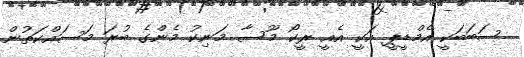
ސަބަބަކީ އެމްޑީޕީ އަކީ އެއީ ރީކޯ މޫސާ މަނިކު މެންގެ ބުރަ މަސައްކަތުން